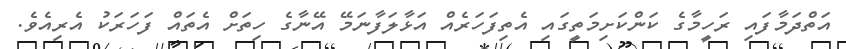
އަތްދަމާފައި ރަހީމާގެ ކަންކަށިމަތީގައި އެތިފަހަރެއް އަޅާލަފާނަމޭ އޭނާގެ ހިތަށް އެތައް ފަހަރަކު އެރިއެވެ.